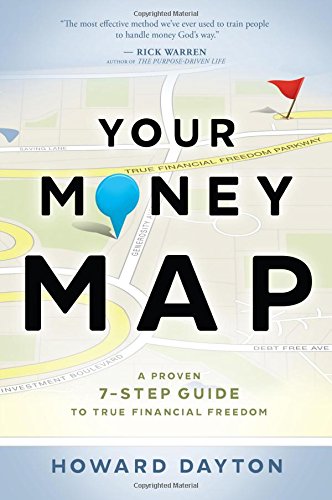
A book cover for Your Money Map: A Proven 7-Step Guide to True Financial Freedom; Howard Dayton; Christian Books & Bibles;